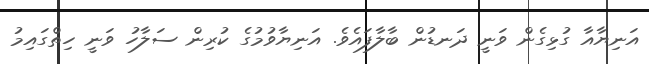
އަނިޔާއާ ގުޅިގެން ވަނީ ދަނޑުން ބާލާފައެވެ. އަނިޔާވުމުގެ ކުރިން ސަލާހު ވަނީ ހިތްގައިމު